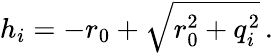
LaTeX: h_{i}=-r_{0}+\sqrt{r_{0}^{2}+q_{i}^{2}}\, .